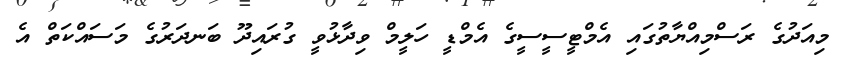
މިއަދުގެ ރަސްމިއްޔާތުގައި އެމްޓީސީސީގެ އެމްޑީ ހަލީމް ވިދާޅުވީ ގުރައިދޫ ބަނދަރުގެ މަސައްކަތް އެ